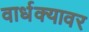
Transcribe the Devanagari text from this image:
वार्धक्यावर